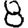
Digit: 8